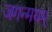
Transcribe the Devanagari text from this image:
जगन्मयम्